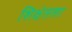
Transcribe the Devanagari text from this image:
शिक्षेतला